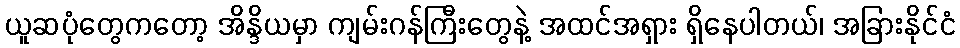
ယူဆပုံတွေကတော့ အိန္ဒိယမှာ ကျမ်းဂန်ကြီးတွေနဲ့ အထင်အရှား ရှိနေပါတယ်၊ အခြားနိုင်ငံ